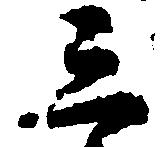
参